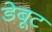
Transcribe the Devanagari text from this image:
डेबूट